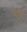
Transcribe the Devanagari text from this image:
थयुं